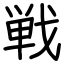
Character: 戦